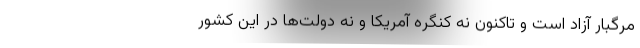
مرگبار آزاد است و تاکنون نه کنگره آمریکا و نه دولت‌ها در این کشور